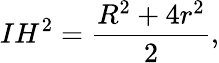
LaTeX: IH^{2}={\frac{R^{2}+4r^{2}}{2}},